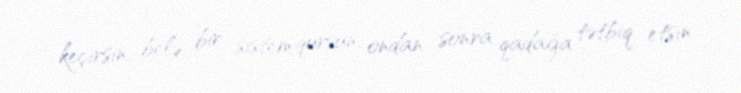
keçirsin, belə bir sistem qursun, ondan sonra qadağa tətbiq etsin.